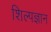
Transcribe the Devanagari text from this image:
शिल्पज्ञान